Preparation of a safe and efficient antirabic vaccine - Number 44
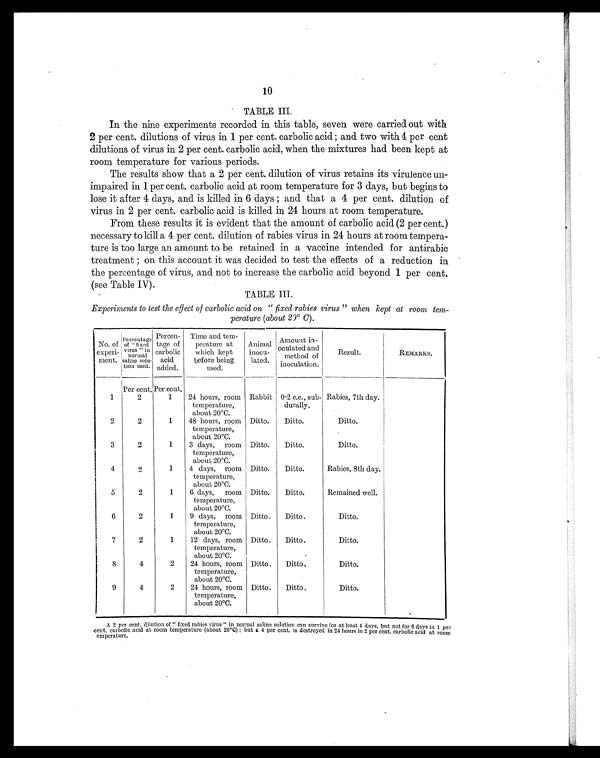
10
TABLE III.
In the nine experiments recorded in this table, seven were carried out with
2 per cent. dilutions of virus in 1 per cent. carbolic acid ; and two with 4 per cent
dilutions of virus in 2 per cent. carbolic acid, when the mixtures had been kept at
room temperature for various periods.
The results show that a 2 per cent. dilution of virus retains its virulence un-
impaired in 1 per cent. carbolic acid at room temperature for 3 days, but begins to
lose it after 4 days, and is killed in 6 days ; and that a 4 per cent. dilution of
virus in 2 per cent. carbolic acid is killed in 24 hours at room temperature.
From these results it is evident that the amount of carbolic acid (2 per cent.)
necessary to kill a 4 per cent. dilution of rabies virus in 24 hours at room tempera-
ture is too large an amount to be retained in a vaccine intended for antirabic
treatment ; on this account it was decided to test the effects of a reduction in
the percentage of virus, and not to increase the carbolic acid beyond 1 per cent.
(see Table IV).
TABLE III.
Experiments to test the effect of carbolic acid on "fixed rabies virus" when kept at room tem-
perature (about 29° C ).
No. of
experi-
ment.
Percentage
of "fixed
virus
" in
normal
saline solu-
tion used.
Percen-
tage of
carbolic
acid
added.
Time and tem-
perature at
which kept
before being
used.
Animal
inocu-
lated.
Amount in-
oculated and
method of
inoculation.
Result.
REMARKS.
Per cent. Per cent.
1
2
1
24 hours, room
temperature,
about 20°C.
Rabbit 0.2 c.c., sub-
durally.
Rabies, 7th day.
2
2
1
48 hours, room
temperature,
about 20°C.
Ditto.
Ditto.
Ditto.
3
2
1
3 days, room
temperature,
about 20°C.
Ditto.
Ditto.
Ditto.
4
2
1
4 days, room
temperature,
about 20°C.
Ditto.
Ditto.
Rabies, 8th day.
5
2
1
6 days, room
temperature,
about 20°C.
Ditto.
Ditto.
Remained well.
6
2
1 9 days, room
temperature,
about 20°C.
Ditto.
Ditto.
Ditto.
7
2
1
12 days, room
temperature,
about 20°C.
Ditto.
Ditto.
Ditto.
8
4
2
24 hours, room
temperature,
about 20°C.
Ditto.
Ditto.
Ditto.
9
4
2
24 hours, room
temperature,
about 20°C.
Ditto.
Ditto.
Ditto.
A 2 per cent. dilution of "fixed rabies virus" in normal saline solution can survive for at least 4 days, but not for 6 days in 1 per
cent. carbolic acid at room temperature (about 20°C) ; but a 4 per cent. is destroyed in 24 hours in 2 per cent. carbolic acid at room
t e m p e r a t u r e .